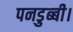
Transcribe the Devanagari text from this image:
पनडुब्‍बी।